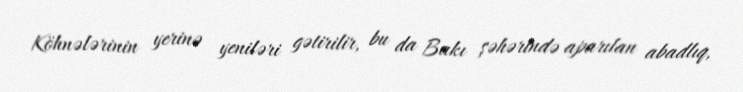
Köhnələrinin yerinə yeniləri gətirilir, bu da Bakı şəhərində aparılan abadlıq,